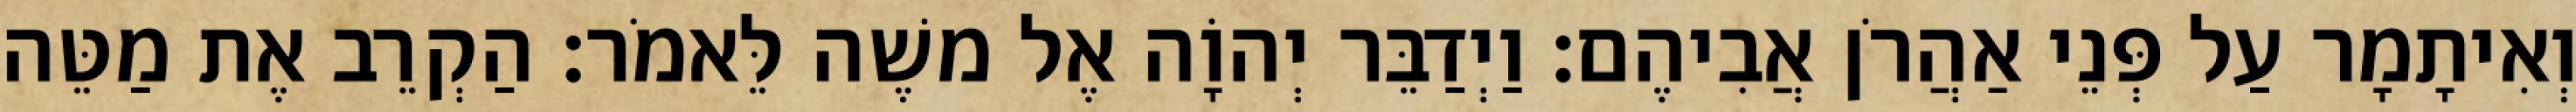
וְאִיתָמָר עַל פְּנֵי אַהֲרֹן אֲבִיהֶם׃ וַיְדַבֵּר יְהוָֹה אֶל משֶׁה לֵּאמֹר׃ הַקְרֵב אֶת מַטֵּה